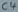
Text: C4